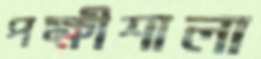
পক্ষীশালা